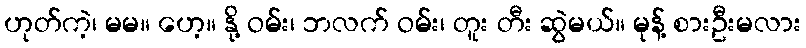
ဟုတ်ကဲ့၊ မမ။ ဟေ့။ နို့ ဝမ်း၊ ဘလက် ဝမ်း၊ တူး တီး ဆွဲမယ်။ မုန့် စားဦးမလား